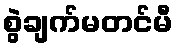
စွဲချက်မတင်မီ